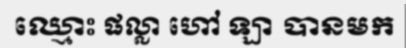
ឈ្មោះ ផល្លា ហៅ ឡា បានមក